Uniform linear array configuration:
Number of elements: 12
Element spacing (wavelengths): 0.75
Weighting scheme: kaiser
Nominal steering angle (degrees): -15
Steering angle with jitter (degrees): -16.892
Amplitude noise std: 0.05
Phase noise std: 0.05

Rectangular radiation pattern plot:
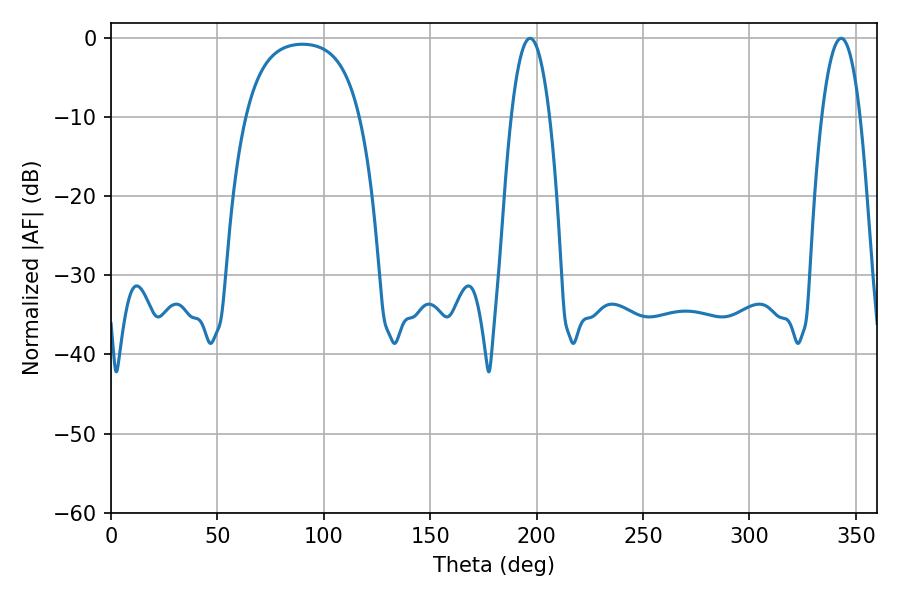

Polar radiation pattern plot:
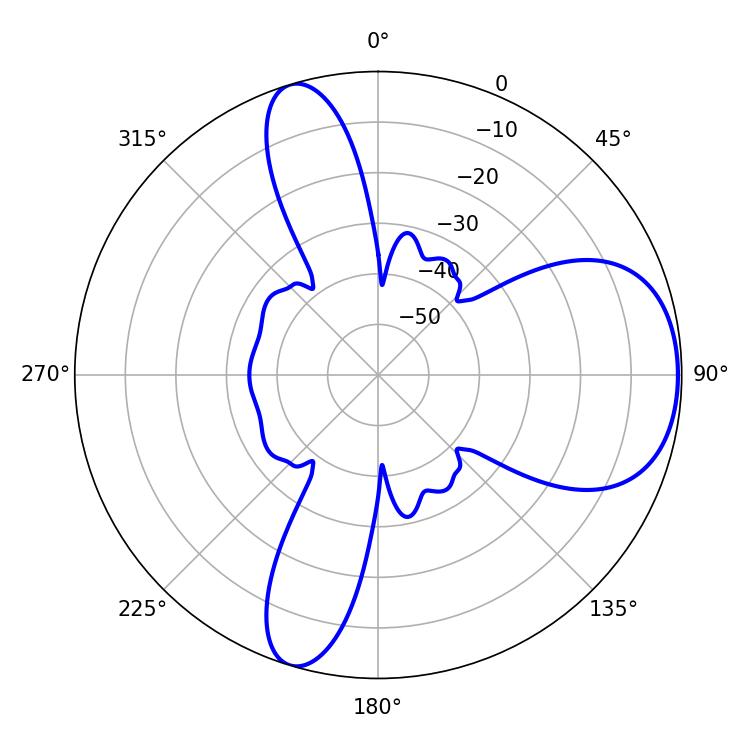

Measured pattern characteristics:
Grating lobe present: TRUE
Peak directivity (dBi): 6.847
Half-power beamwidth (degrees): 10.08
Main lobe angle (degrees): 196.92